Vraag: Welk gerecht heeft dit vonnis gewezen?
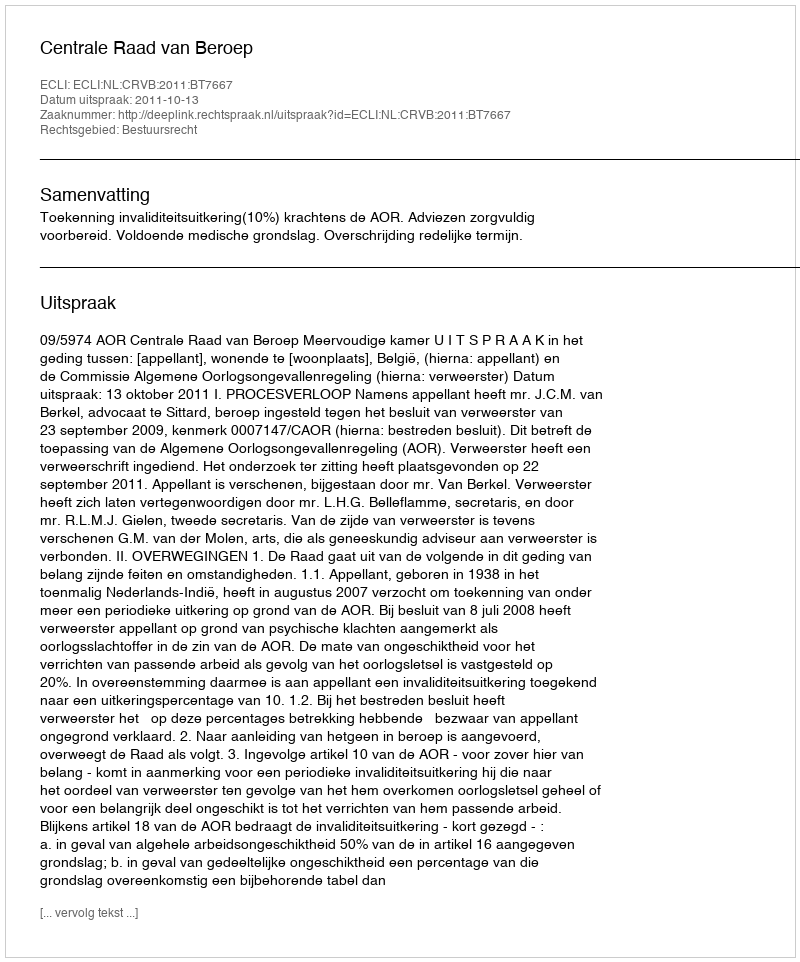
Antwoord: Centrale Raad van Beroep